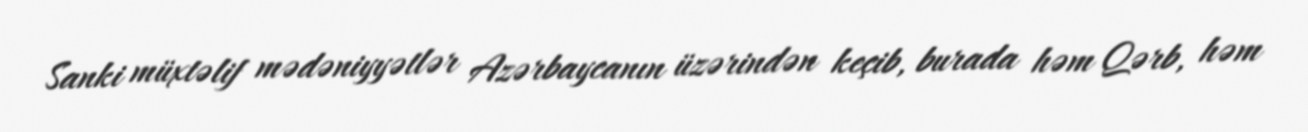
Sanki müxtəlif mədəniyyətlər Azərbaycanın üzərindən keçib, burada həm Qərb, həm